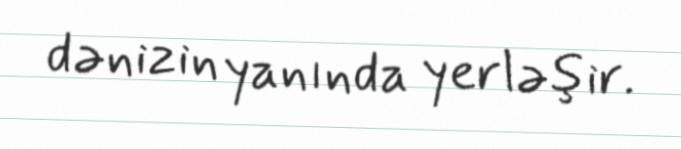
dənizin yanında yerləşir.